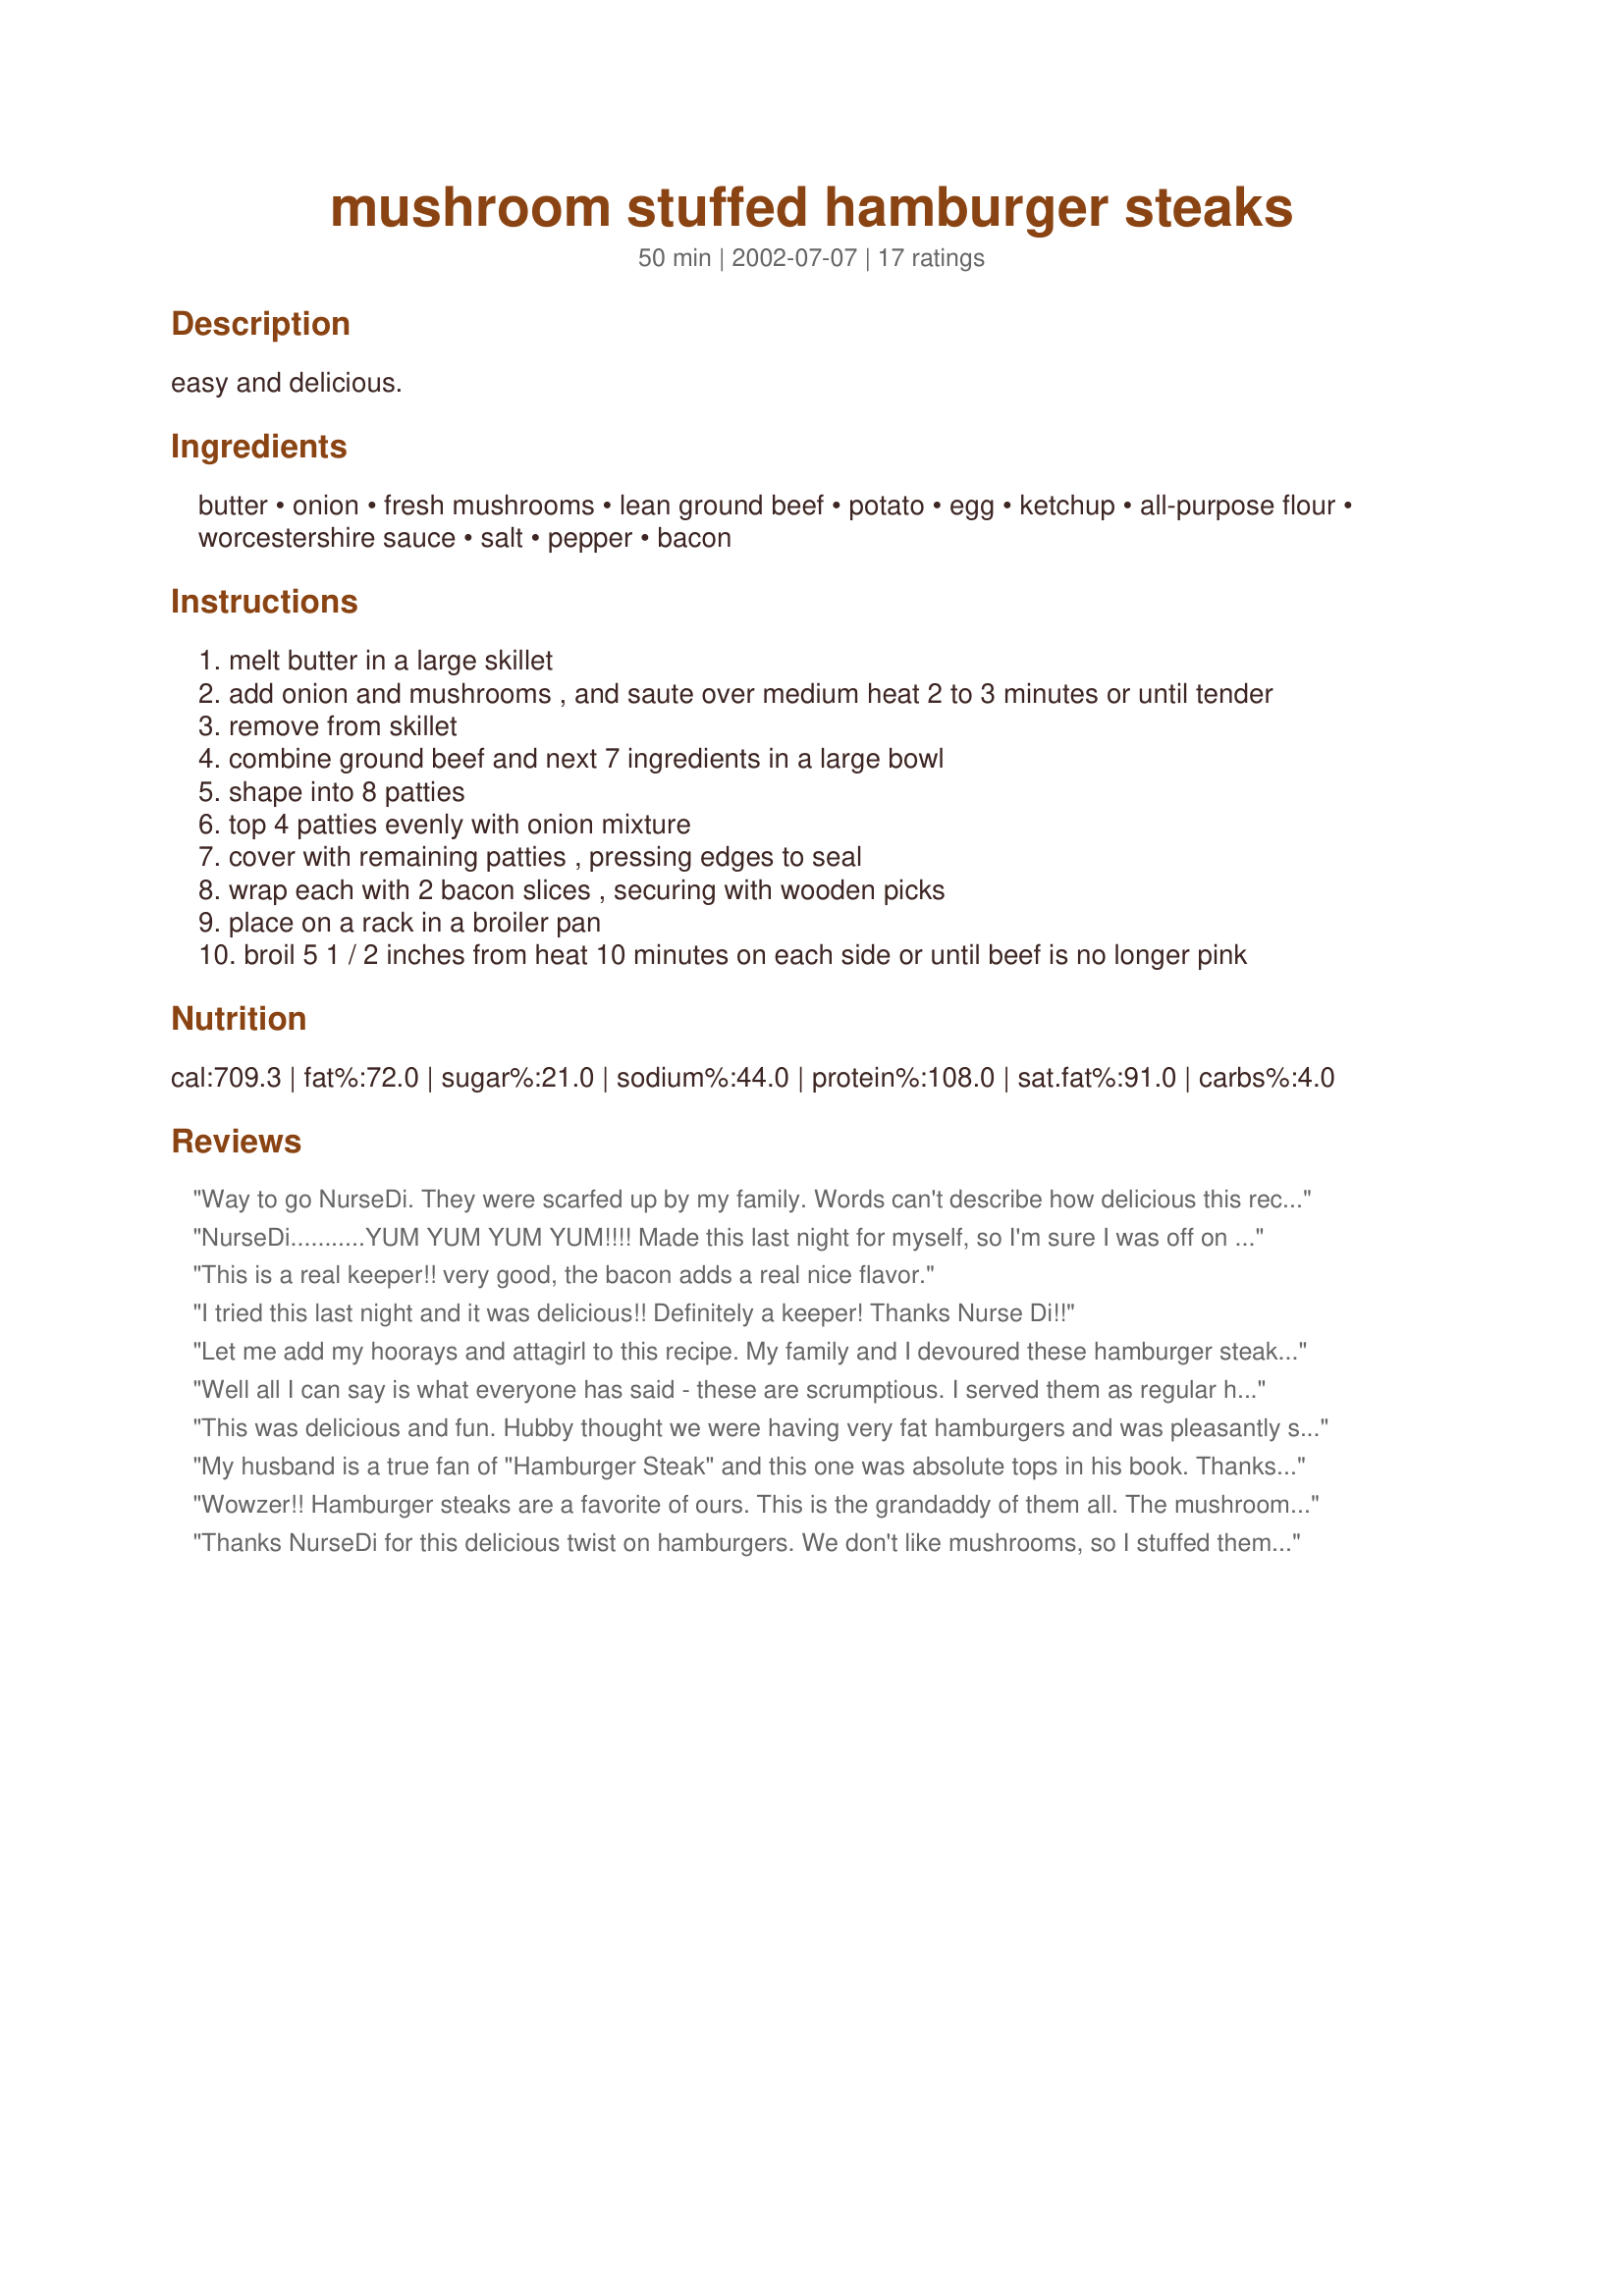
mushroom stuffed hamburger steaks
Preparation time: 50 minutes

easy and delicious.

Ingredients:
butter, onion, fresh mushrooms, lean ground beef, potato, egg, ketchup, all-purpose flour, worcestershire sauce, salt, pepper, bacon

Steps:
melt butter in a large skillet
add onion and mushrooms , and saute over medium heat 2 to 3 minutes or until tender
remove from skillet
combine ground beef and next 7 ingredients in a large bowl
shape into 8 patties
top 4 patties evenly with onion mixture
cover with remaining patties , pressing edges to seal
wrap each with 2 bacon slices , securing with wooden picks
place on a rack in a broiler pan
broil 5 1 / 2 inches from heat 10 minutes on each side or until beef is no longer pink

Reviews:
Way to go NurseDi. They were scarfed up by my family. Words can't describe how delicious this recipe is. The proof is in the tasting. Just the process of stuffing them makes your mouth water from the smell of the onions and mushrooms. I didn't tell anyone that they were stuffed so that everyone would be in for a pleasant surprise. It was truly melt in your mouth.

NurseDi...........YUM YUM YUM YUM!!!! Made this last night for myself, so I'm sure I was off on my measurements of the ingredients. Was hard to 1/4 down the egg, but I managed to eyeball it. Definately extremely easy to put these together and the main thing that intrigued me to try this recipe was the potatoes in the meat mixture. Had never heard of that before and it gave the burger a different taste. Will definately be making these again when the DH & DS are home. One more thing, enjoyed the burger with "Oven Steak Fries" #58801 by Kirste. Enjoy the pics Di!
This is a real keeper!! very good, the bacon adds a real nice flavor.
I tried this last night and it was delicious!! Definitely a keeper! Thanks Nurse Di!!
Let me add my hoorays and attagirl to this recipe. My family and I devoured these hamburger steaks. Tender enough to cut with our forks. The stuffing was a nice touch and very delicious. I just wrapped one piece of bacon around each steak and that gave them a nice smoky flavor. Thanks Nurse Di. We are all going to have to go on a diet if we keep eating like this.
Well all I can say is what everyone has said - these are scrumptious. I served them as regular hamburgers on a bun with melted cheese, Horshradish, mustard, tomato , lettuce etc on the side. We could hardly get our jaws around them but oh so good. Served with Oven fries and a green salad. Excellent recipe Thanks NurseDi
This was delicious and fun. Hubby thought we were having very fat hamburgers and was pleasantly surprised when he cut into it and found the surprise inside. I added cheese just before I took them out of the broiler. Definite keeper!!!
My husband is a true fan of "Hamburger Steak" and this one was absolute tops in his book. Thanks Nursedi. We used some of the outside cut of ribeyes we bought at Costco and ground the meat in the food processor. We only used teo strips of bacon. Otherwise we did the recipe just as written.

Margie
Wowzer!! Hamburger steaks are a favorite of ours. This is the grandaddy of them all. The mushroom stuffing is a nice surprise when you cut into them. Savory and delicious. The best. Thanks Nurse Di.
Thanks NurseDi for this delicious twist on hamburgers. We don't like mushrooms, so I stuffed them with the onion & also a cube of cheese which melted as the burgers cooked. Will make these again :)
I loved the recipe!!!! Tried it with some mozza in it though and it was just wonder. Seems to melt in your mouth. I am definately going to make this again. Hubby loved it too and that says alot. <Grin>
I had some leftover cooked bacon from breakfast, so I chopped it in little pieces and added it to the onion and mushroom stuffing mixture. Deicious!! I have made these twice now and my family loves them. They are really great with a little "au jus" gravy on the side!
These were wonderful! The flavors blended so nice together. My husband raved about these and kids ate them right up. Thank you so much for sharing this recipe. This will be a regular meal at our home from now on.
Really tasty. I included some cheese slices (torn in half) with the mushroom mixture inside of the burgers. It ran out a little, but meh, it still tasted great. I also topped mine with bacon, and a few slices of avocado as well.
Another great one NurseDi. My family really enjoyed this today. I served them on a bed of seasoned white rice. For the one person who can't eat onions, I left one without stuffing it and she raved about it too. Next time I may alter it just a little for my cheese lovers and add a slice of mozzerella just before I take them out of the broiler. Thanks for another great recipe.
Excellant hamburgers, thanks! Had just a little trouble when I turned them over, tops slid just a bit, not a disaster and the taste was really great. I just laid the bacon on top because I figured if I tried to wrap it around they would fall apart. In any case they were well worth making and we will probably make them again.
Outstanding. We love hamburger steaks and this was exceptional. The mushroom-onion stuffing combined with the bacon flavor made us drool. Very savory and delicious. Thanks Nurse Di.
